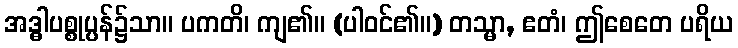
အဒ္ဓါပစ္စုပ္ပန်၌သာ။ ပကတိ၊ ကျ၏။ (ပါဝင်၏။) တသ္မာ, ဧတံ၊ ဤစေတေ ပရိယ